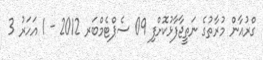
ގްރުއާން މުރާތުގެ ނަތީޖާފާޅުކޮށްފި 09 ސެޕްޓެމްބަރ 2012 - 1 އަހަރު 3